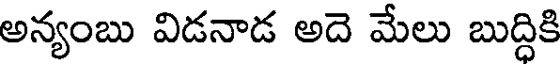
అన్యంబు విడనాడ అదె మేలు బుద్దికి